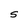
Character: S